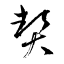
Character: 契